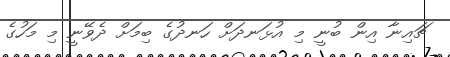
ޗައިނާ އިން ބުނީ މި އުޅަނދަށް ހަނދުގެ ބިމަށް ދެވޭނީ މި މަހުގެ